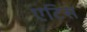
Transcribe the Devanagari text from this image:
एटिस